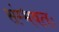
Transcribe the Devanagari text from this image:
संम्भवतः